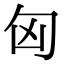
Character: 匈